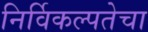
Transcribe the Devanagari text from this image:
निर्विकल्पतेचा